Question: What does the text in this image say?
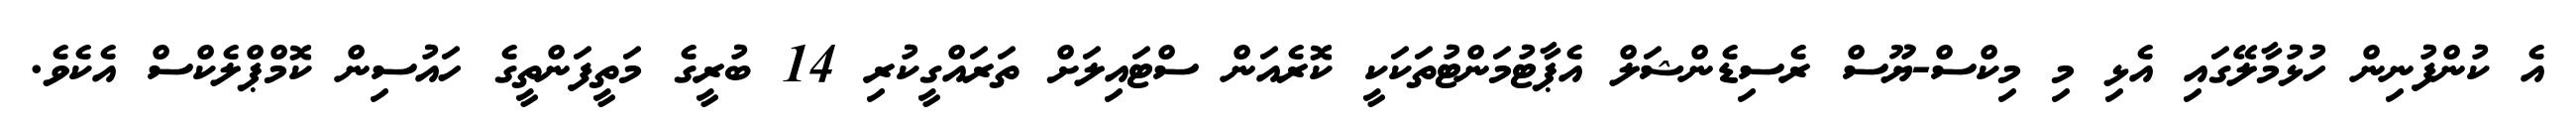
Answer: އެ ކުންފުނިން ހުޅުމާލޭގައި އެޅި މި މިކްސް-ޔޫސް ރެސިޑެންޝަލް އެޕާޓުމަންޓުތަކަކީ ކޮރެއަން ސްޓައިލަށް ތަރައްގީކުރި 14 ބުރީގެ މަތީފަންތީގެ ހައުސިން ކޮމްޕްލެކްސް އެކެވެ.